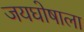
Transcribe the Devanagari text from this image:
जयघोषाला